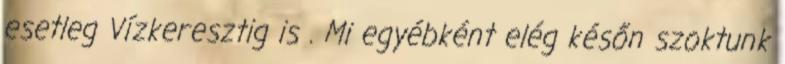
esetleg Vízkeresztig is . Mi egyébként elég későn szoktunk